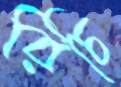
রিচি